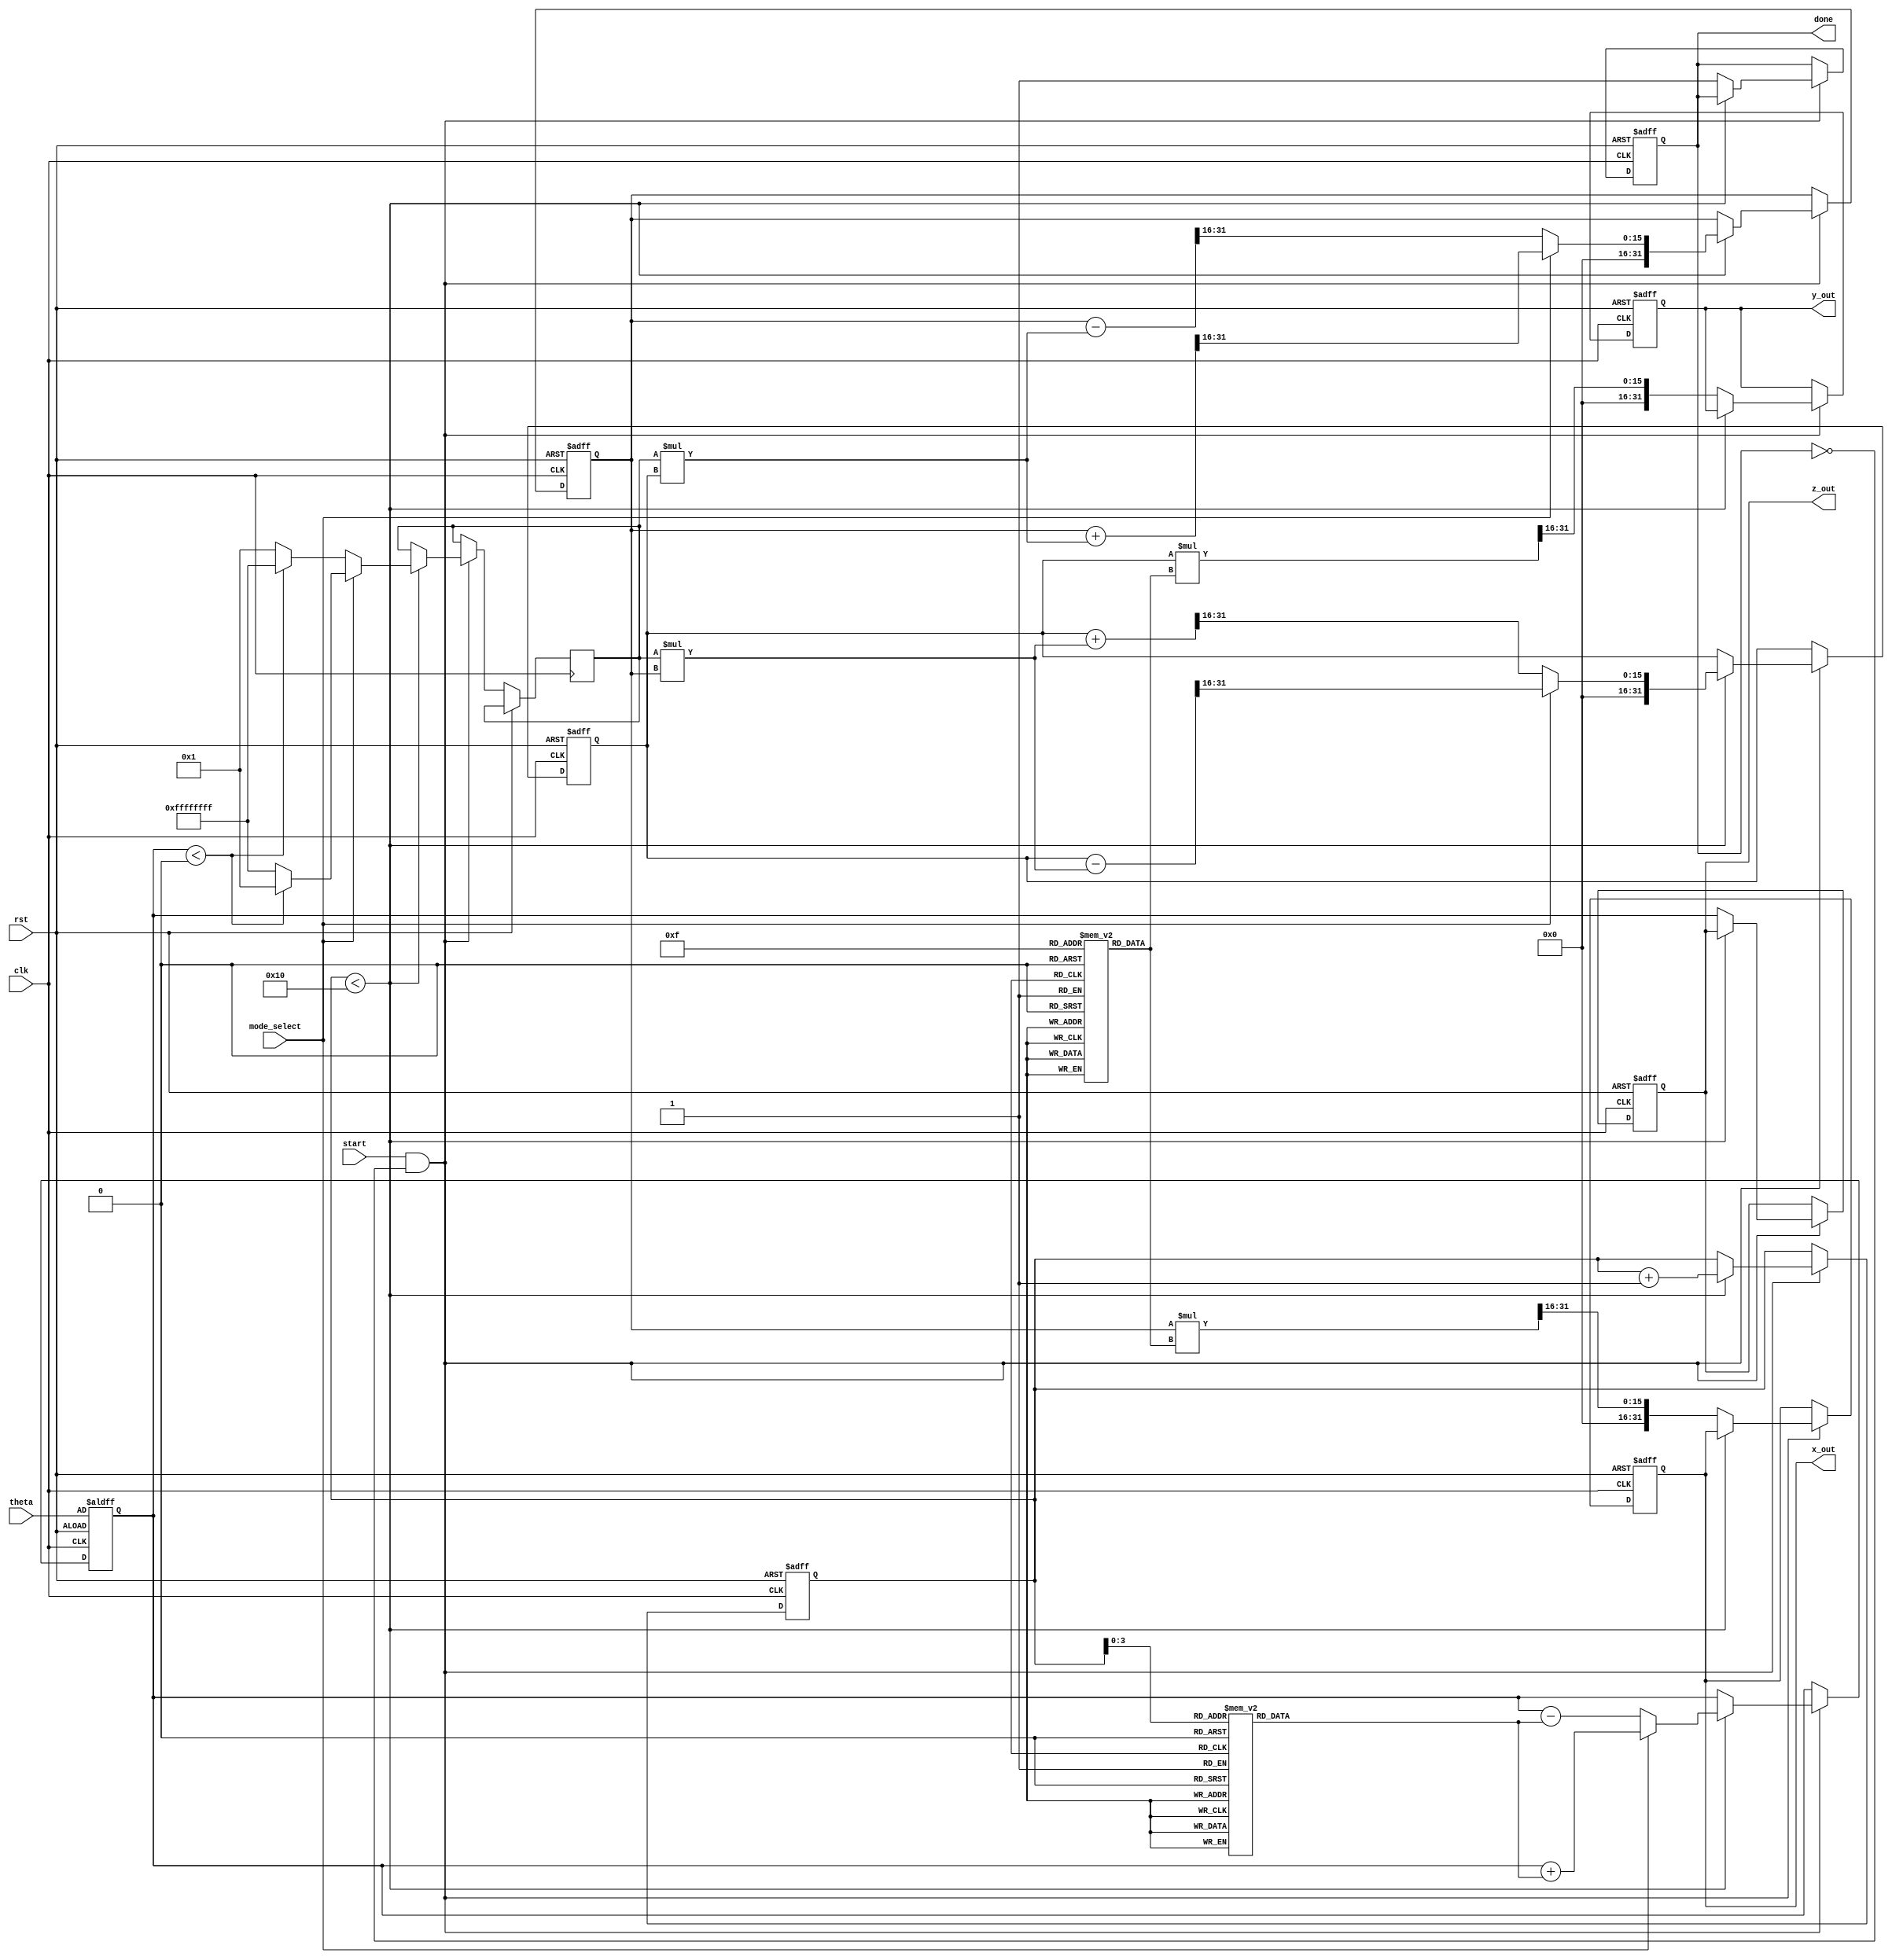
module cordic (
    input wire clk,
    input wire rst,
    input wire start,
    input wire [31:0] theta, // Angle in radians (fixed-point representation)
    input wire mode_select,   // 0 for rotation, 1 for vectoring
    output reg [31:0] x_out,
    output reg [31:0] y_out,
    output reg [31:0] z_out,
    output reg done
);

    // Parameters
    parameter N = 16; // Number of iterations
    parameter FIXED_POINT_FRACTIONAL_BITS = 16;

    // Internal registers
    reg [31:0] x_reg;
    reg [31:0] y_reg;
    reg [31:0] z_reg;
    reg [4:0] iteration_counter;
    reg [31:0] atan_lut [0:N-1]; // Precomputed arctangent values
    reg [31:0] gain_lut [0:N-1];  // Precomputed gain values
    reg [31:0] D; // Direction based on comparison

    // Initialize LUTs (these values should be filled with appropriate fixed-point values)
    initial begin
        // Populate atan_lut with atan(2^-i) values
        atan_lut[0] = 32'h00000000; // atan(1) = 0
        atan_lut[1] = 32'h3F19999A; // atan(0.5) = pi/6 in fixed-point
        atan_lut[2] = 32'h3E8D39B0; // atan(0.25) = pi/12 in fixed-point
        // ... Fill in more values as necessary
        atan_lut[15] = 32'h3E2D9C6F; // atan(2^-15)

        // Populate gain_lut with gain values
        gain_lut[0] = 32'h00000001; // Gain after 0 iterations
        gain_lut[1] = 32'h3F1A6263; // Gain after 1 iterations
        // ... Fill in more values as necessary
        gain_lut[15] = 32'h3E2D9C6F; // Gain after 15 iterations
    end

    // Control Logic
    always @(posedge clk or posedge rst) begin
        if (rst) begin
            x_reg <= 32'h00000001; // Initialize X to 1
            y_reg <= 32'h00000000; // Initialize Y to 0
            z_reg <= theta;        // Initialize Z to input angle
            iteration_counter <= 0;
            done <= 0;
            x_out <= 32'h00000000;
            y_out <= 32'h00000000;
            z_out <= 32'h00000000;
        end else if (start && !done) begin
            if (iteration_counter < N) begin
                // Determine direction (D)
                if (mode_select == 0) begin // Rotation mode
                    if (z_reg < 0) begin
                        D <= 32'hFFFFFFFF; // -1 for clockwise
                    end else begin
                        D <= 32'h00000001; // +1 for counter-clockwise
                    end
                end else begin // Vectoring mode
                    if (z_reg < 0) begin
                        D <= 32'h00000001; // +1 for counter-clockwise
                    end else begin
                        D <= 32'hFFFFFFFF; // -1 for clockwise
                    end
                end

                // CORDIC iteration calculations
                if (mode_select == 0) begin // Rotation
                    x_reg <= x_reg - (D * y_reg) >> FIXED_POINT_FRACTIONAL_BITS;
                    y_reg <= y_reg + (D * x_reg) >> FIXED_POINT_FRACTIONAL_BITS;
                    z_reg <= z_reg - atan_lut[iteration_counter];
                end else begin // Vectoring
                    x_reg <= x_reg + (D * y_reg) >> FIXED_POINT_FRACTIONAL_BITS;
                    y_reg <= y_reg - (D * x_reg) >> FIXED_POINT_FRACTIONAL_BITS;
                    z_reg <= z_reg + atan_lut[iteration_counter];
                end

                iteration_counter <= iteration_counter + 1;
            end else begin
                // Final output scaling
                x_out <= x_reg * gain_lut[N-1] >> FIXED_POINT_FRACTIONAL_BITS;
                y_out <= y_reg * gain_lut[N-1] >> FIXED_POINT_FRACTIONAL_BITS;
                z_out <= z_reg; // Final angle output
                done <= 1; // Mark operation as done
            end
        end
    end

endmodule